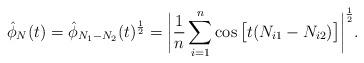
LaTeX: \begin{align*}\hat{\phi}_N(t) = \hat{\phi}_{N_1 - N_2}(t)^{\frac{1}{2}} = \bigg| \frac{1}{n} \sum_{i=1}^n \cos \big[ t (N_{i1} - N_{i2} ) \big] \bigg|^{\frac{1}{2}}.\end{align*}